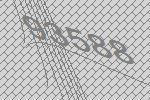
93588